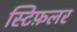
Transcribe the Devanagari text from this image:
स्टिफ़लर